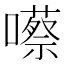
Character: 𡂠